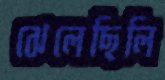
ঝেলেছিলি